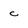
Character: c